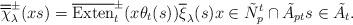
LaTeX: \begin{align*}\overline{\overline{\chi}}_\lambda^\pm(xs)=\overline{\operatorname{Exten}}_t^\pm(x\theta_t(s))\overline{\xi}_\lambda(s)x\in\tilde{N}_p^t\cap\tilde{A}_{pt}s\in\tilde{A}_t.\end{align*}